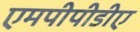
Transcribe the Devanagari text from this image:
एमपीपीडीए